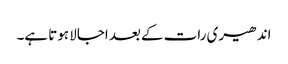
اندھیری رات کے بعد اجالا ہوتا ہے۔